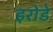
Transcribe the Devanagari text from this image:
इरोडे